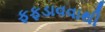
ફફડાવવાથી